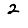
Digit: 2